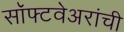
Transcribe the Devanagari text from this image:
सॉफ्टवेअरांची